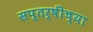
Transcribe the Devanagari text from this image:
सप्तर्षींच्या